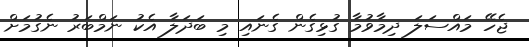
ޖެހޭ މައްސަލަ ދިމާވުމާ ގުޅިގެން ގެނައި މި ބަދަލާ އެކު ނަމްބަރު ނެގުމަށް